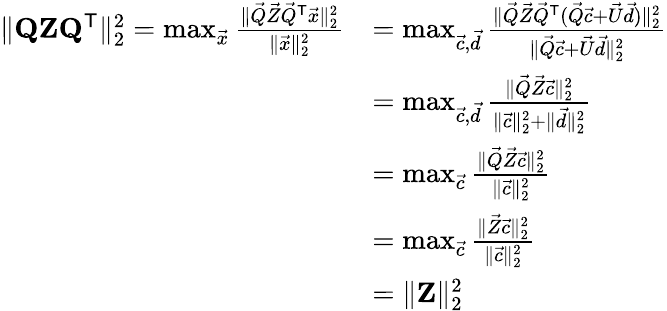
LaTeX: \begin{array}{rl}{\| \mathbf{Q}\mathbf{Z}\mathbf{Q}^{\mathsf{T}}\| _{2}^{2}=\operatorname*{max}_{\vec{x}}\frac{\| \vec{Q}\vec{Z}\vec{Q}^{\mathsf{T}}\vec{x}\| _{2}^{2}}{\| \vec{x}\| _{2}^{2}}}&{=\operatorname*{max}_{\vec{c},\vec{d}}\frac{\| \vec{Q}\vec{Z}\vec{Q}^{\mathsf{T}}(\vec{Q}\vec{c}+\vec{U}\vec{d})\| _{2}^{2}}{\| \vec{Q}\vec{c}+\vec{U}\vec{d}\| _{2}^{2}}}\\ &{=\operatorname*{max}_{\vec{c},\vec{d}}\frac{\| \vec{Q}\vec{Z}\vec{c}\| _{2}^{2}}{\| \vec{c}\| _{2}^{2}+\| \vec{d}\| _{2}^{2}}}\\ &{=\operatorname*{max}_{\vec{c}}\frac{\| \vec{Q}\vec{Z}\vec{c}\| _{2}^{2}}{\| \vec{c}\| _{2}^{2}}}\\ &{=\operatorname*{max}_{\vec{c}}\frac{\| \vec{Z}\vec{c}\| _{2}^{2}}{\| \vec{c}\| _{2}^{2}}}\\ &{=\| \mathbf{Z}\| _{2}^{2}}\end{array}